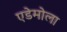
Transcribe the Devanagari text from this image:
एडेमोला